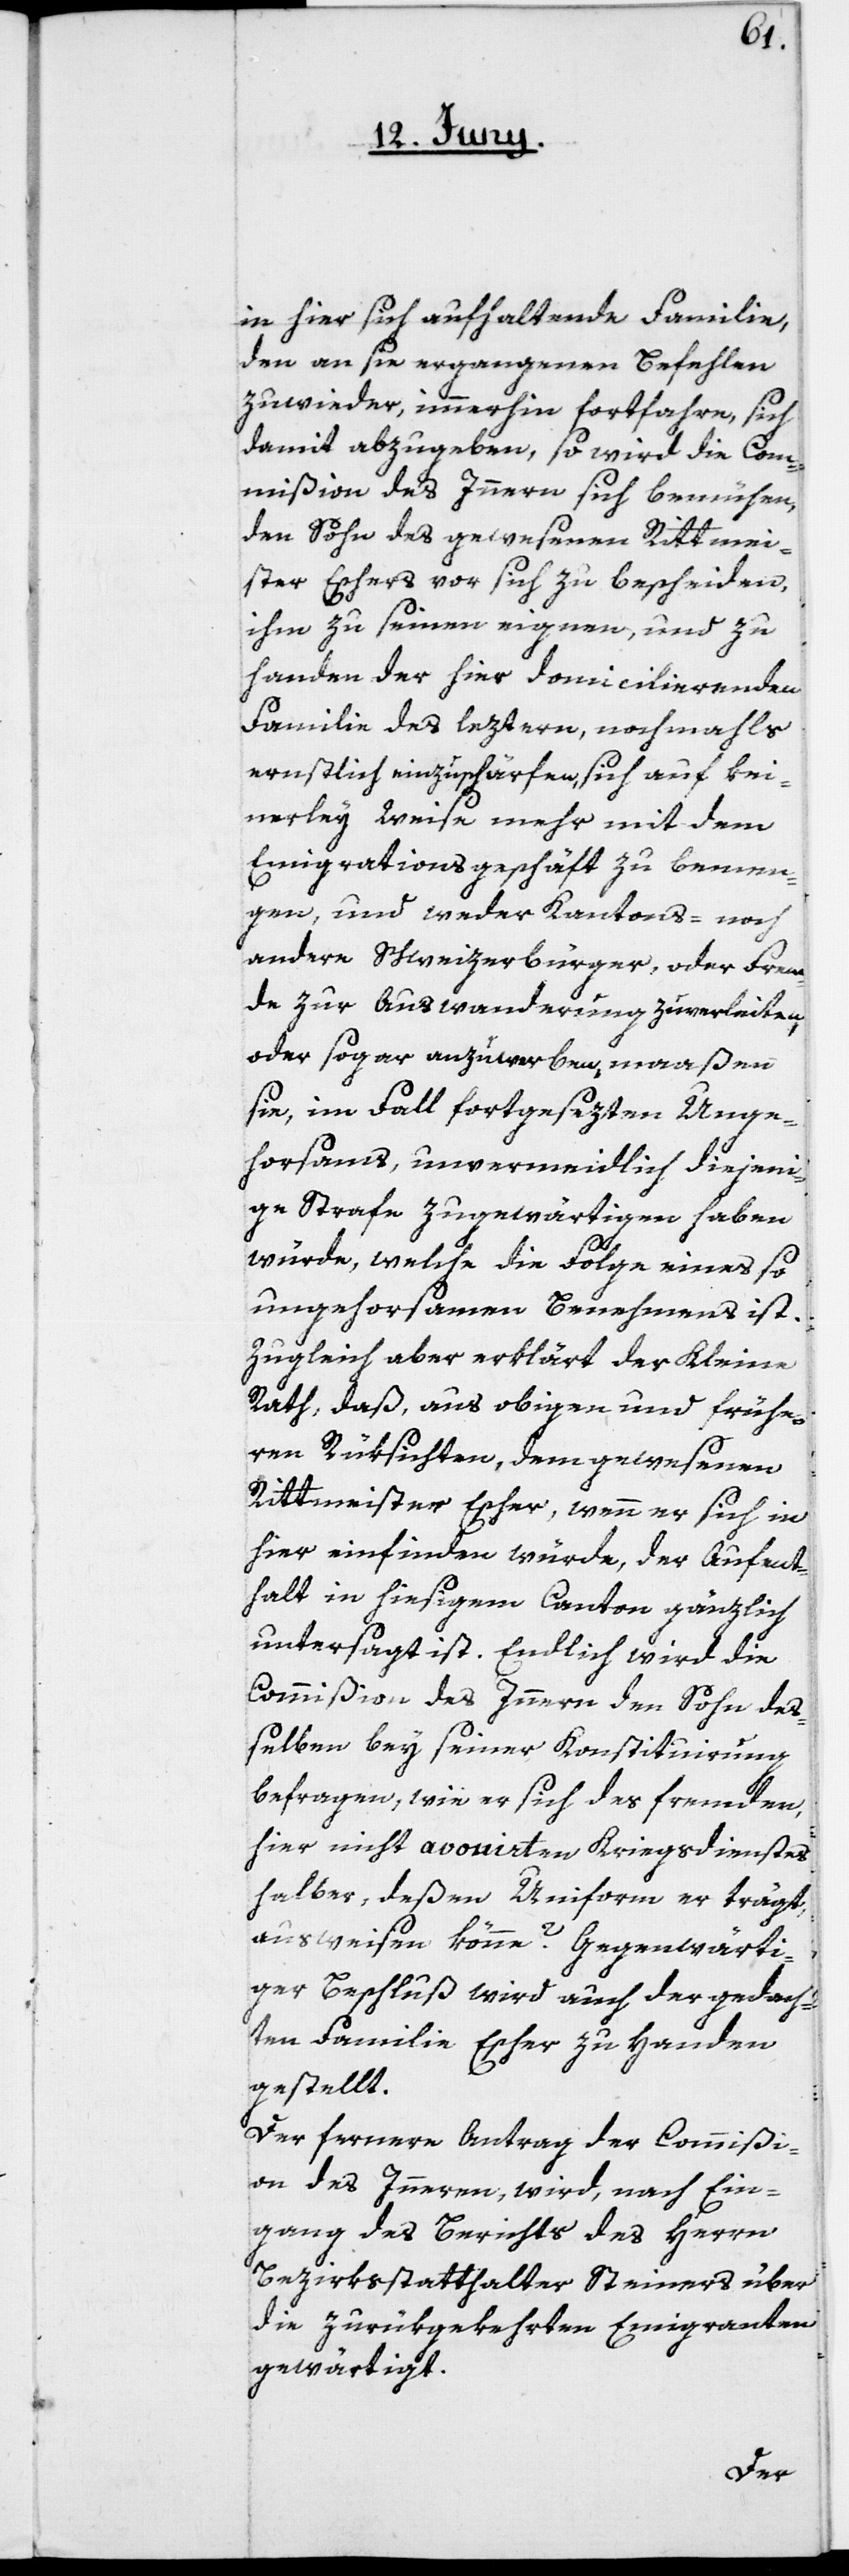
in hier aufhaltende Familie,
den an sie ergangenen Befehlen
zuwieder immerhin fortfahre, sich
damit abzugeben, so wird die Com¬
mißion des Innern sich bemühen,
den Sohn des gewesenen Rittmei¬
ster Eschers vor sich zu bescheiden,
ihm zu seinen eignen, und zu
Handen der hier domicilierenden
Familie des leztern, nochmahls
ernstlich einzuschärfen, sich auf kei¬
nerley Weise mehr mit dem
Emigrationsgeschäft zu bemen¬
gen, und weder Kantons- noch
andere Schweizerbürger oder Frem¬
de zur Auswanderung zuverleiten,
oder sogar anzuwerben, maaßen
sie, im Fall fortgesezten Unge¬
horsams, unvermeidlich diejeni¬
ge Strafe zu gewärtigen haben
würde, welche die Folge eines so
ungehorsamen Benehmens ist.
Zugleich aber erklärt der Kleine
Rath, daß aus obigen und frühe¬
ren Rüksichten, dem gewesenen
Rittmeister Escher, wenn er sich in
hier einfinden würde, der Aufent¬
halt in hiesigem Canton gänzlich
untersagt ist. Endlich wird die
Commißion des Innern den Sohn des¬
selben bey seiner Konstituirung
befragen, wie er sich des fremden,
hier nicht avouirten Kriegsdienstes
halber, deßen Uniform er trägt,
ausweisen könne? Gegenwärti¬
ger Beschluß wird auch der gedach¬
ten Familie Escher zu Handen
gestellt.
Der fernere Antrag der Commißi¬
on des Innern wird, nach Ein¬
gang des Berichts des Herrn
Bezirksstatthalter Steiners über
die zurükgekehrten Emigranten
gewärtigt.